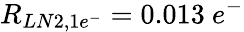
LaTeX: R_{LN2,1e^{-}}=0.013~e^{-}